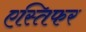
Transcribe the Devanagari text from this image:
एस्तिफर